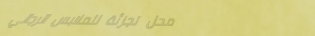
محل تجزئة للملابس الرجالي